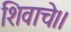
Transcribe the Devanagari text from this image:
शिवाचे।।